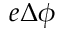
e \Delta \phi